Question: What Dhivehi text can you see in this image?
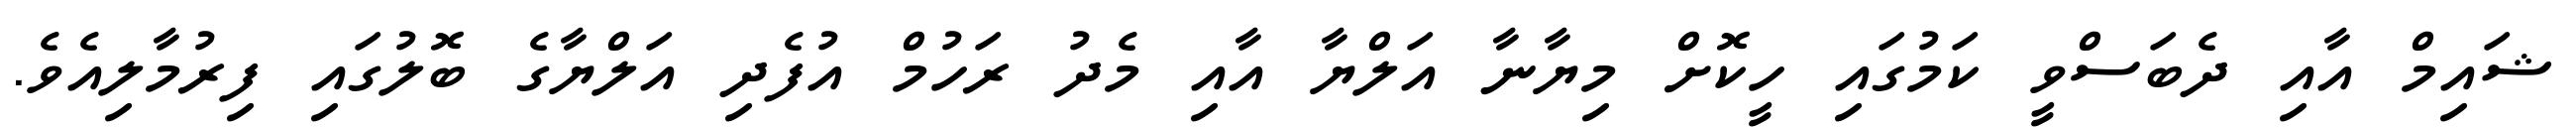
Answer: ޝައިމް އާއި ދެބަސްވީ ކަމުގައި ހީކޮށް މިޔާނާ އަލްޔާ އާއި މެދު ރަހުމް އުފެދި އަލްޔާގެ ބޮލުގައި ފިރުމާލިއެވެ.